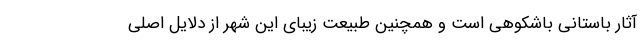
آثار باستانی باشکوهی است و همچنین طبیعت زیبای این شهر از دلایل اصلی